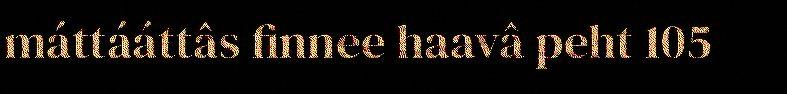
máttááttâs finnee haavâ peht 105